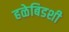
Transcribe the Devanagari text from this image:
हळेबिडशी